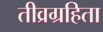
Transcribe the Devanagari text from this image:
तीव्रग्रहिता